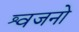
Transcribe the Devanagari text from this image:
श्वजनो